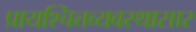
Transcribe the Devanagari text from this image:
प्रायश्चित्तव्यवस्थासार